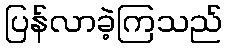
ပြန်လာခဲ့ကြသည်